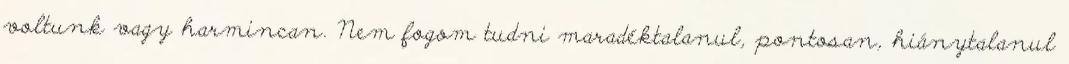
voltunk vagy harmincan. Nem fogom tudni mara­déktalanul, pon­tosan, hiánytalanul